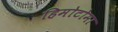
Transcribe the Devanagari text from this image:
हिमोटोमा